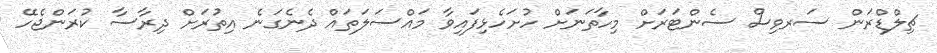
ޗިލްޑްރަން ސަރވިސް ސެންޓަރަށް މިހާތަނަށް ހުށަހެޅިފައިވާ މައްސަލަތައް ދެނެގަނެ އިތުރަށް ދިރާސާ ކުރަންޖެހޭ